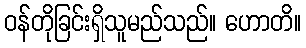
ဝန်တိုခြင်းရှိသူမည်သည်။ ဟောတိ။